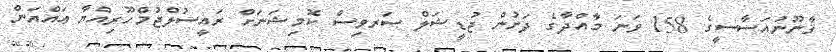
ޤާނޫނުއަސާސީގެ 158 ވަނަ މާއްދާގެ ދަށުން ޖުޑީޝަލް ސަރވިސް ކޮމިޝަނަށް ރައީސުލްޖުމްހޫރިއްޔާ ޢައްޔަން